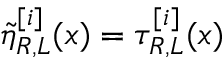
\tilde { \eta } _ { R , L } ^ { [ i ] } ( x ) = \tau _ { R , L } ^ { [ i ] } ( x )